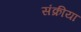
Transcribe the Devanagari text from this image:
संक्रीया